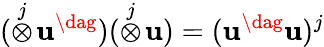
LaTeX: (\stackrel{j}{\otimes}\! \mathbf{u}^{\dag})(\stackrel{j}{\otimes}\! \mathbf{u})=(\mathbf{u}^{\dag}\mathbf{u})^{j}